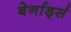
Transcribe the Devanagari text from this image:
बेर्नार्ड्स